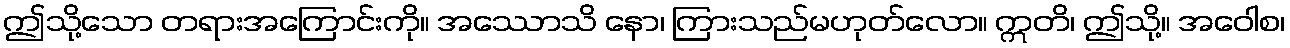
ဤသို့သော တရားအကြောင်းကို။ အဿောသိ နော၊ ကြားသည်မဟုတ်လော။ ဣတိ၊ ဤသို့။ အဝေါစ၊